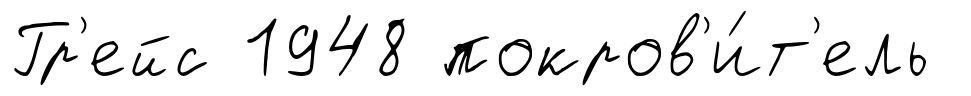
Гр'ейс 1948 покров'и́т'ель